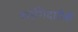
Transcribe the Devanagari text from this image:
भागिदारीची